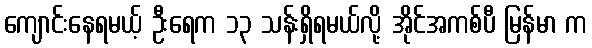
ကျောင်းနေရမယ့် ဦးရေက ၁၃ သန်းရှိရမယ်လို့ အိုင်အကစ်ပီ မြန်မာ က